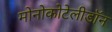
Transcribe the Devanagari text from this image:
मोनोकोटेलीडॉन